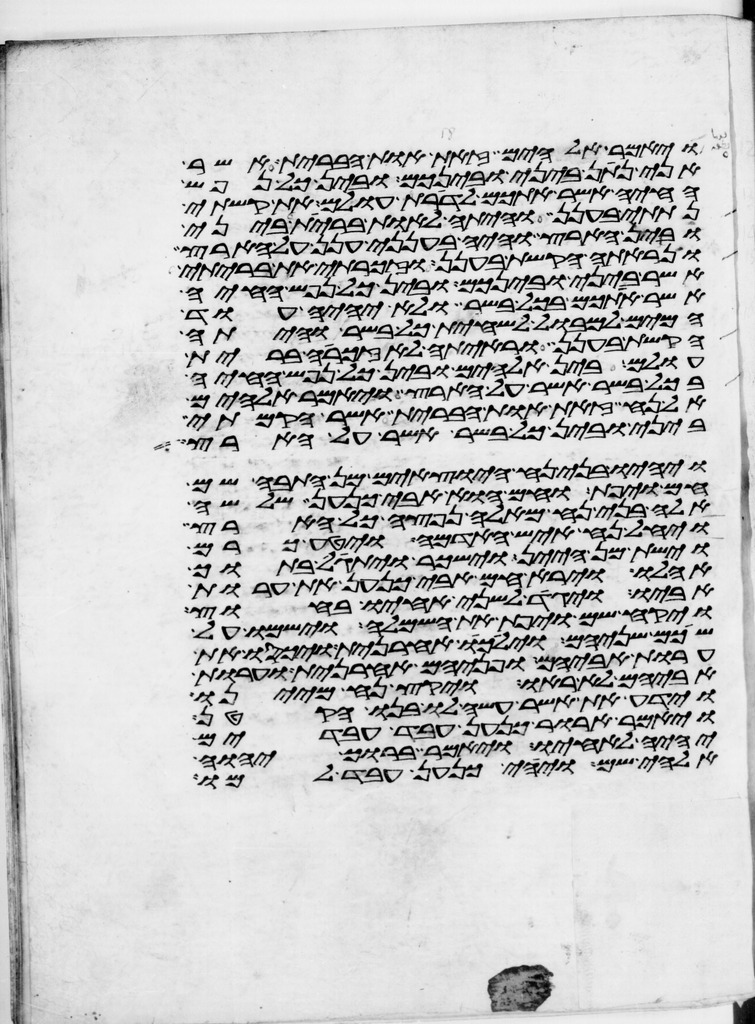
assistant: ויאמר אלהים זאת אות הברית אשר
אני נתן ביני ובינכם ובין כל נפש
החיה אשר אתכם לדרות עולם את קשתי
נתתי בענן והיתה לאות ברית ביני
ובין הארץ והיה בענני ענן על הארץ
ונראתה הקשת בענן וזכרתי את בריתי
אשר ביני ובינכם ובין כל נפש החיה
אשר אתכם בכל בשר ולא יהיה עוד
המים למבול להשחית כל בשר והיתה
הקשת בענן וראיתה לאזכרה ברית
עולם בין אלהים ובין כל נפש החיה
בכל בשר אשר על הארץ ויאמר אלהים
אל נח זאת אות הברית אשר הקמתי
ביני ובין כל בשר אשר על הארץ
ויהיו בני נח היוצאים מן התבה שם
חם ויפת וחם הוא אבי כנען שלשה
אלה בני נח מאלה נפצה כל הארץ
ויחל נח איש האדמה ויטע כרם
וישת מן היין וישכר ויתגל בתוך
אהלו וירא חם אבי כנען את ערות
אביו ויגד לשני אחיו בחוץ
ויקח שם ויפת את השמלה וישמו על
שכם שניהם וילכו אחרנית ויכסו את
ערות אביהם ופניהם אחרנית וערות
אביהם לא ראו ויקץ נח מיינו
וידע את אשר עשה לו בנו הקטן
ויאמר ארור כנען עבד עבדים
יהיה לאחיו ויאמר ברוך יהוה
אלהי שם ויהי כנען עבד למו